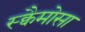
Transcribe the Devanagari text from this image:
स्क्वैमोसा